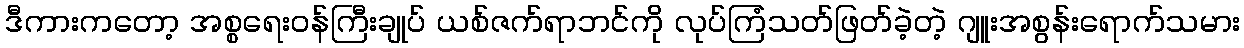
ဒီကားကတော့ အစ္စရေးဝန်ကြီးချုပ် ယစ်ဇက်ရာဘင်ကို လုပ်ကြံသတ်ဖြတ်ခဲ့တဲ့ ဂျူးအစွန်းရောက်သမား